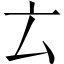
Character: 𠫓